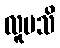
လူမသိ